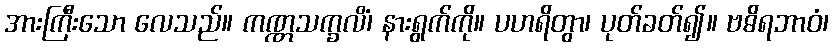
အားကြီးသော လေသည်။ ကဏ္ဏသက္ခလိံ၊ နားရွက်ကို။ ပဟရိတွာ၊ ပုတ်ခတ်၍။ ဗဓိရဘာဝံ၊